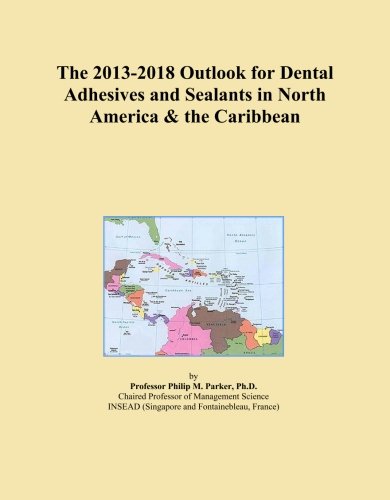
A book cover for The 2013-2018 Outlook for Dental Adhesives and Sealants in North America & the Caribbean; Icon Group International; Medical Books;